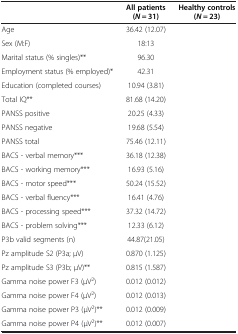
<table><thead><tr><td>[EMPTY_CELL]</td><td><b>All patients (<i>N</i> = 31)</b></td><td><b>Healthy controls (<i>N</i> = 23)</b></td></tr></thead><tbody><tr><td>Age</td><td>36.42 (12.07)</td><td>[EMPTY_CELL]</td></tr><tr><td>Sex (M:F)</td><td>18:13</td><td>[EMPTY_CELL]</td></tr><tr><td>Marital status (% singles)**</td><td>96.30</td><td>[EMPTY_CELL]</td></tr><tr><td>Employment status (% employed)*</td><td>42.31</td><td>[EMPTY_CELL]</td></tr><tr><td>Education (completed courses)</td><td>10.94 (3.81)</td><td>[EMPTY_CELL]</td></tr><tr><td>Total IQ**</td><td>81.68 (14.20)</td><td>[EMPTY_CELL]</td></tr><tr><td>PANSS positive</td><td>20.25 (4.33)</td><td>[EMPTY_CELL]</td></tr><tr><td>PANSS negative</td><td>19.68 (5.54)</td><td>[EMPTY_CELL]</td></tr><tr><td>PANSS total</td><td>75.46 (12.11)</td><td>[EMPTY_CELL]</td></tr><tr><td>BACS - verbal memory***</td><td>36.18 (12.38)</td><td>[EMPTY_CELL]</td></tr><tr><td>BACS - working memory***</td><td>16.93 (5.16)</td><td>[EMPTY_CELL]</td></tr><tr><td>BACS - motor speed***</td><td>50.24 (15.52)</td><td>[EMPTY_CELL]</td></tr><tr><td>BACS - verbal fluency***</td><td>16.41 (4.76)</td><td>[EMPTY_CELL]</td></tr><tr><td>BACS - processing speed***</td><td>37.32 (14.72)</td><td>[EMPTY_CELL]</td></tr><tr><td>BACS - problem solving***</td><td>12.33 (6.12)</td><td>[EMPTY_CELL]</td></tr><tr><td>P3b valid segments (n)</td><td>44.87(21.05)</td><td>[EMPTY_CELL]</td></tr><tr><td>Pz amplitude S2 (P3a; μV)</td><td>0.870 (1.125)</td><td>[EMPTY_CELL]</td></tr><tr><td>Pz amplitude S3 (P3b; μV)**</td><td>0.815 (1.587)</td><td>[EMPTY_CELL]</td></tr><tr><td>Gamma noise power F3 (μV<sup>2</sup>)</td><td>0.012 (0.012)</td><td>[EMPTY_CELL]</td></tr><tr><td>Gamma noise power F4 (μV<sup>2</sup>)</td><td>0.012 (0.013)</td><td>[EMPTY_CELL]</td></tr><tr><td>Gamma noise power P3 (μV<sup>2</sup>)**</td><td>0.012 (0.009)</td><td>[EMPTY_CELL]</td></tr><tr><td>Gamma noise power P4 (μV<sup>2</sup>)**</td><td>0.012 (0.007)</td><td>[EMPTY_CELL]</td></tr></tbody></table>